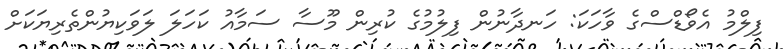
ފިލްމު އެވޯޑްސްގެ ވާހަކަ: ހަނދާނުން ފިލުމުގެ ކުރިން މޫސާ ސަމާއު ކަހަލަ ލަވަކިޔުންތެރިޔަކަށް